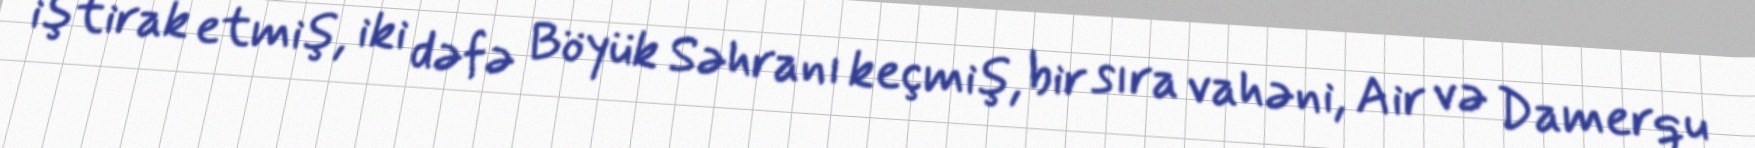
iştirak etmiş, iki dəfə Böyük Səhranı keçmiş, bir sıra vahəni, Air və Damerqu